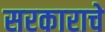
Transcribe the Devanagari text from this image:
सरकाराचे